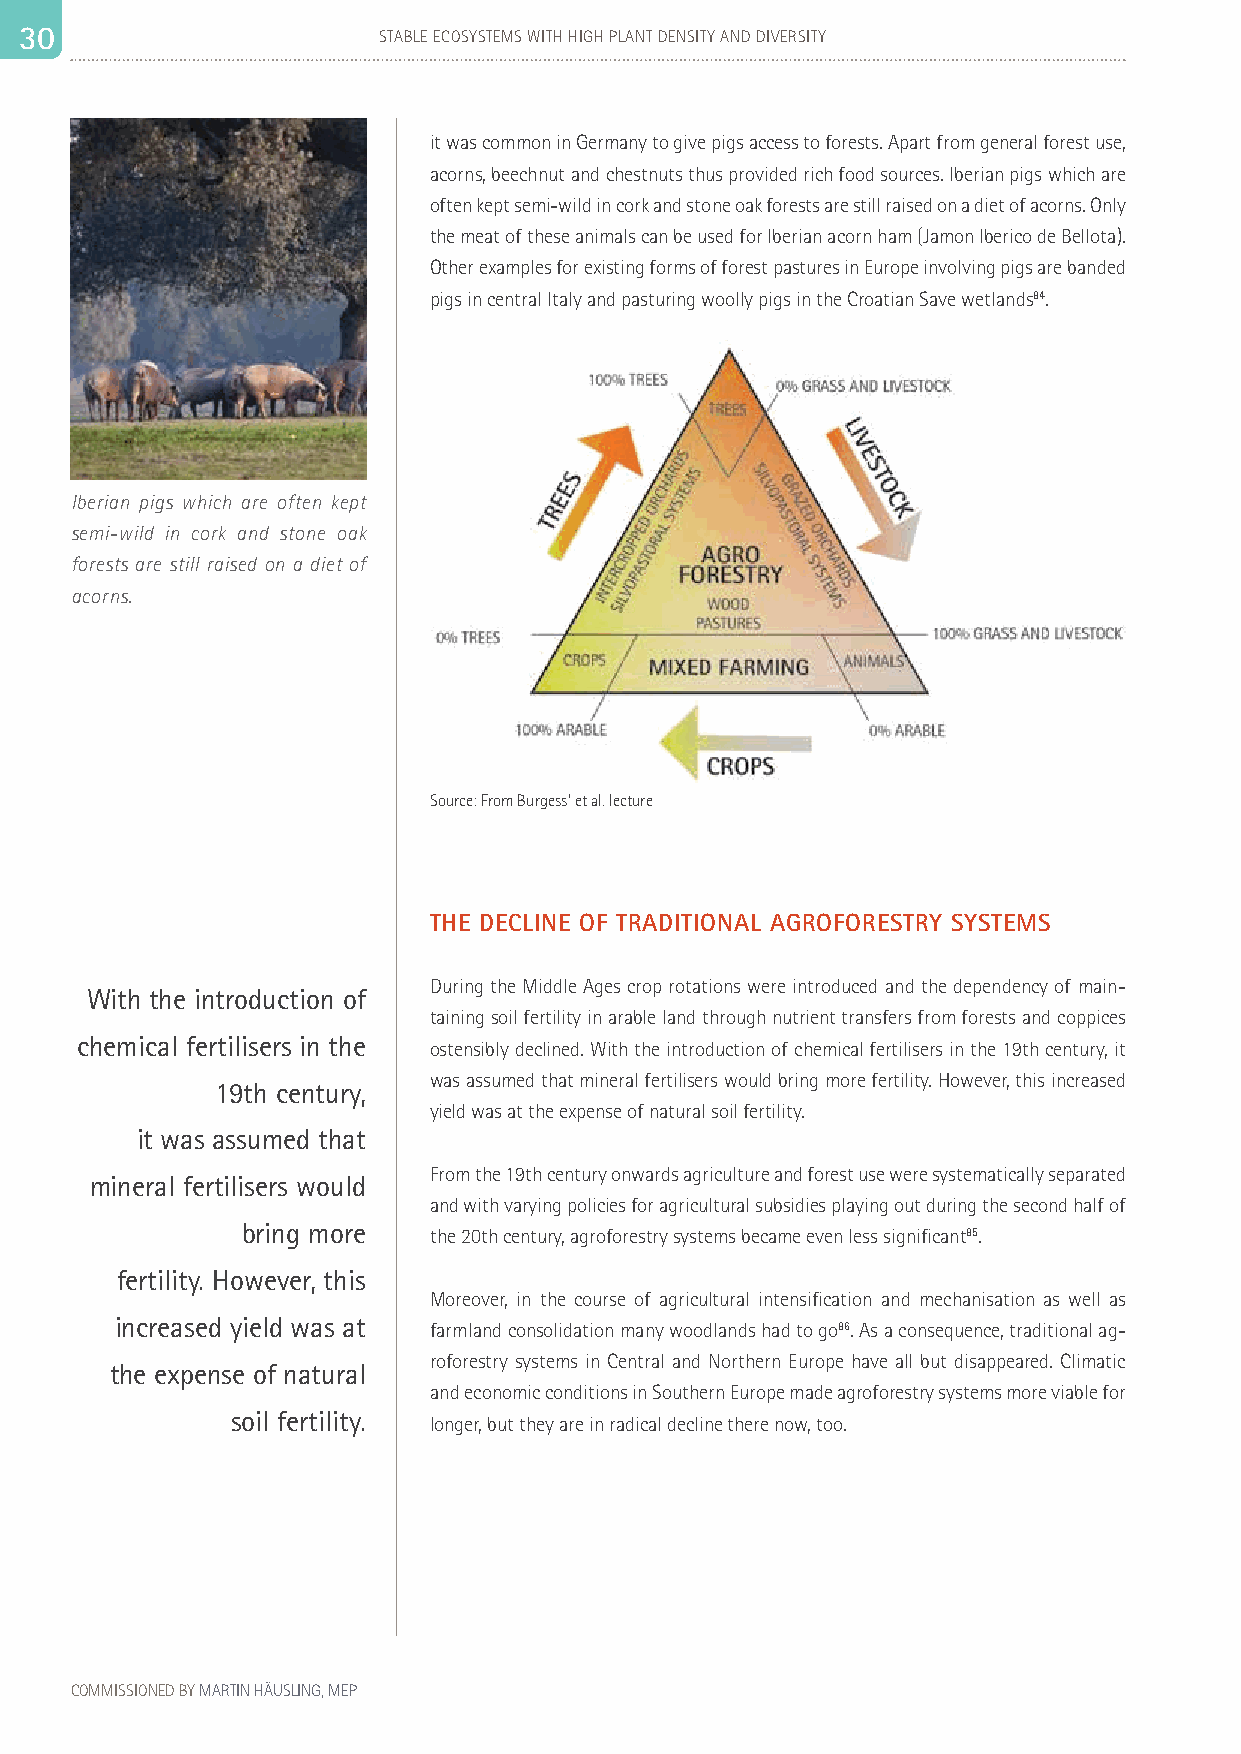
3 30 0                  STABLE ECOSYSTEMS WITH HIGH PLANT DENSITY AND DIVERSITY                                                                                 31
 it was common in Germany to give pigs access to forests. Apart from general forest use,
 acorns, beechnut and chestnuts thus provided rich food sources. Iberian pigs which are
 often kept semi-wild in cork and stone oak forests are still raised on a diet of acorns. Only
 the meat of these animals can be used for Iberian acorn ham (Jamon Iberico de Bellota).
 Other examples for existing forms of forest pastures in Europe involving pigs are banded
 pigs in central Italy and pasturing woolly pigs in the Croatian Save wetlands84.
 Iberian pigs which are often kept
 semi-wild in cork and stone oak
 forests are still raised on a diet of
 acorns.
 Source: From Burgess' et al. lecture
 THE DECLINE OF TRADITIONAL AGROFORESTRY SYSTEMS
 During the Middle Ages crop rotations were introduced and the dependency of main-
 With the introduction of
 taining soil fertility in arable land through nutrient transfers from forests and coppices
 chemical fertilisers in the
 ostensibly declined. With the introduction of chemical fertilisers in the 19th century, it
 was assumed that mineral fertilisers would bring more fertility. However, this increased
 19th century,
 yield was at the expense of natural soil fertility.
 it was assumed that
 From the 19th century onwards agriculture and forest use were systematically separated
 mineral fertilisers would
 and with varying policies for agricultural subsidies playing out during the second half of
 bring more  the 20th century, agroforestry systems became even less significant85.
 fertility. However, this
 Moreover, in the course of agricultural intensification and mechanisation as well as
 increased yield was at farmland consolidation many woodlands had to go86. As a consequence, traditional ag-
 roforestry systems in Central and Northern Europe have all but disappeared. Climatic
 the expense of natural
 and economic conditions in Southern Europe made agroforestry systems more viable for
 soil fertility.
 longer, but they are in radical decline there now, too.
 COMMISSIONED BY MARTIN HÄUSLING, MEP